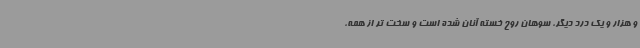
و هزار و یک درد دیگر، سوهان روح خسته آنان شده است و سخت تر از همه،